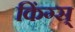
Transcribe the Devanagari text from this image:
किंग्स्